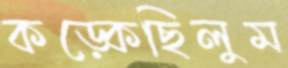
কড়্‌কেছিলুম